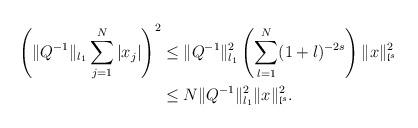
LaTeX: \begin{align*}\left(\|Q^{-1}\|_{l_1}\sum_{j=1}^N|x_j|\right)^2&\le \|Q^{-1}\|_{l_1}^2\left(\sum_{l=1}^N(1+l)^{-2s}\right)\|x\|^2_{\mathfrak{l}^s}\\&\le N\|Q^{-1}\|^2_{l_1}\|x\|^2_{\mathfrak{l}^s}.\end{align*}